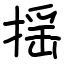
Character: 揺